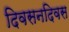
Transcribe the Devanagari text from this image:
दिवसनदिवस